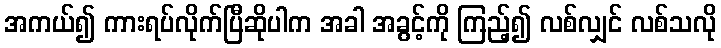
အကယ်၍ ကားရပ်လိုက်ပြီဆိုပါက အခါ အခွင့်ကို ကြည့်၍ လစ်လျှင် လစ်သလို